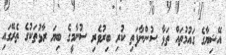
އޭޝިޔާގެ ގައުމުތައް ތަޅާ ސުންނާފަތި ކުރި ބިރުވެރި ސުނާމީގެ ބިޔަ ރާޅުތަކުގެ ތެރޭގައި